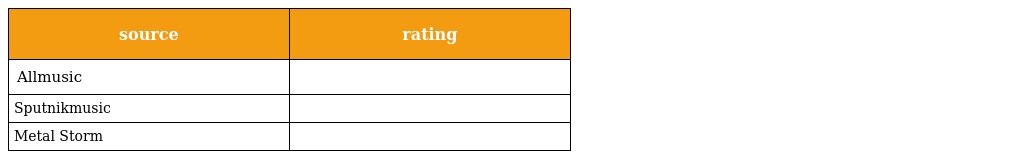
| source | rating |
 | --- | --- |
 | Allmusic |  |
 | Sputnikmusic |  |
 | Metal Storm |  |